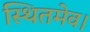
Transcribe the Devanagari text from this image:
स्थितमेव।